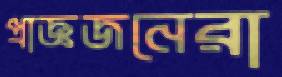
প্রাজ্ঞজনেরা